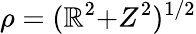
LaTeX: \rho=(\mathbb{R}^{2}{+}Z^{2})^{1/2}